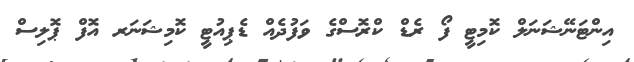
އިންޓަނޭޝަނަލް ކޮމިޓީ ފޯ ރެޑް ކްރޮސްގެ ވަފުދެއް ޑެޕިއުޓީ ކޮމިޝަނަރ އޮފް ޕޮލިސް